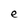
Character: e